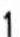
1